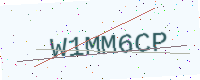
Text: W1MM6CP